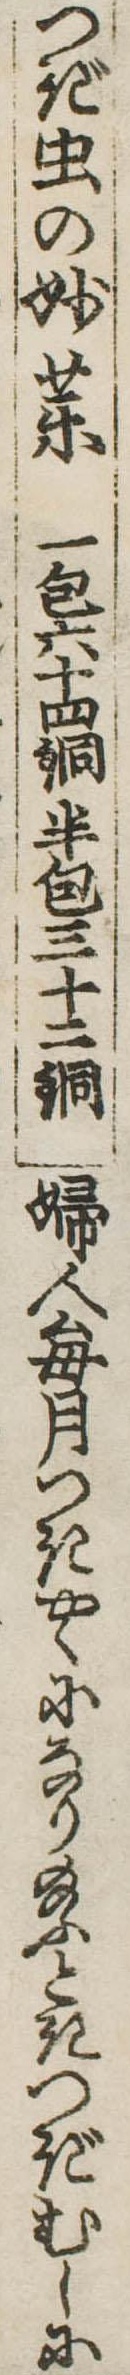
つぎ虫の妙薬一包六十四銅半包三十二銅婦人毎月つきやくになり給ふときつぎむしに